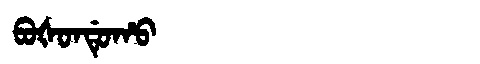
Manchu: ᠪᠣᡧᠣᠨᡩᡠᡥᠣ
Romanization: BOŠONDUHO